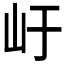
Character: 𭖂